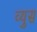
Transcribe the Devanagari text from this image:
व्युस